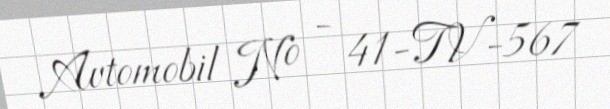
Avtomobil № - 41-TV-567